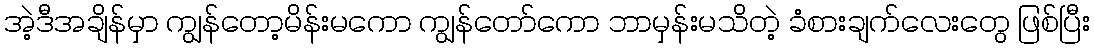
အဲ့ဒီအချိန်မှာ ကျွန်တော့မိန်းမကော ကျွန်တော်ကော ဘာမှန်းမသိတဲ့ ခံစားချက်လေးတွေ ဖြစ်ပြီး